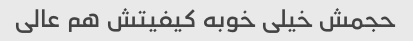
حجمش خیلی خوبه کیفیتش هم عالی